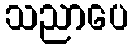
သညာပေ